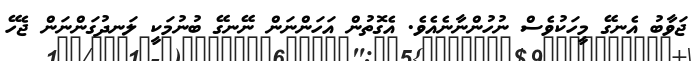
ޖަވާބު އެނގޭ މީހަކުވެސް ނުހުންނާނެއެވެ. އެގޮތުން އަހަންނަން ނޭނގޭ ބުނުމަކީ ލަނދުގަންނަން ޖެހޭ